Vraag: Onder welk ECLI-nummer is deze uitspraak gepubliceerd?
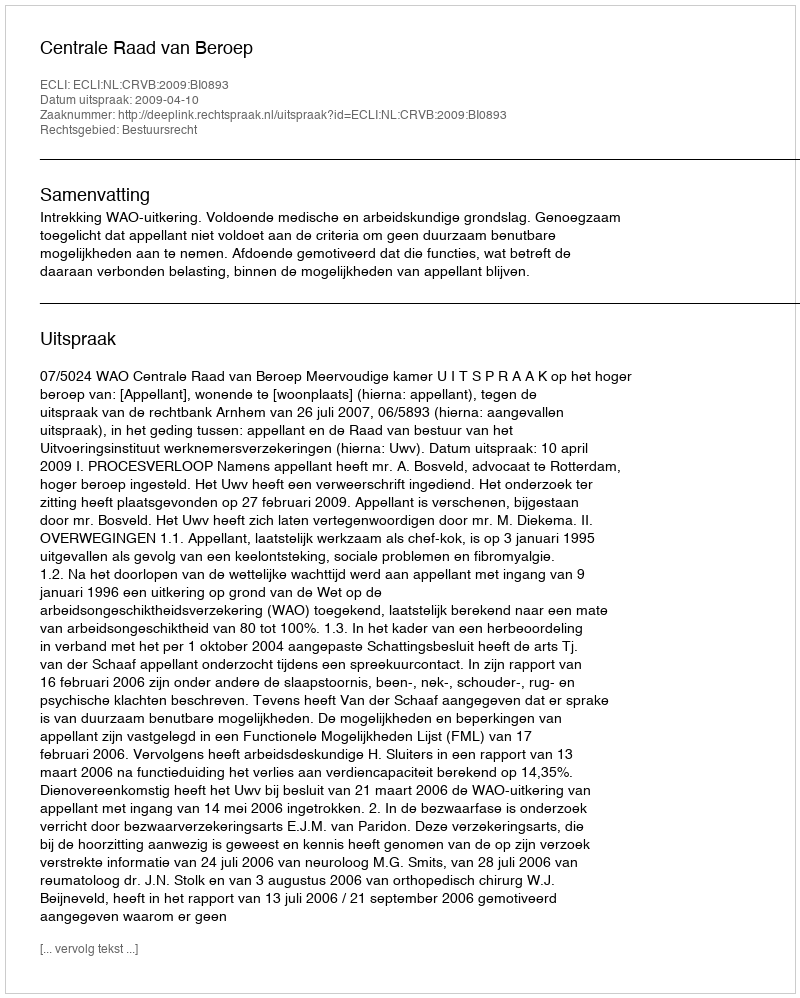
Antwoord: ECLI:NL:CRVB:2009:BI0893